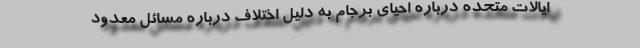
ایالات متحده درباره احیای برجام به دلیل اختلاف درباره مسائل معدود